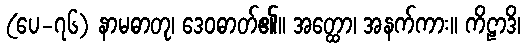
(ပေ-၇၆) နာမဓာတု၊ ဒေဝဓာတ်၏။ အတ္ထော၊ အနက်ကား။ ကိဠာဒိ၊